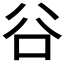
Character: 𠔌